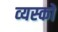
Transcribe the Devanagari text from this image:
व्‍यस्‍कों